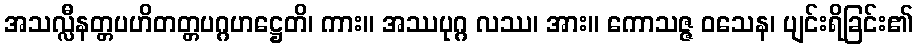
အသလ္လီနတ္တပဟိတတ္တပဂ္ဂဟဋ္ဌေတိ၊ ကား။ အဿပုဂ္ဂ လဿ၊ အား။ ကောသဇ္ဇ ဝသေန၊ ပျင်းရိခြင်း၏